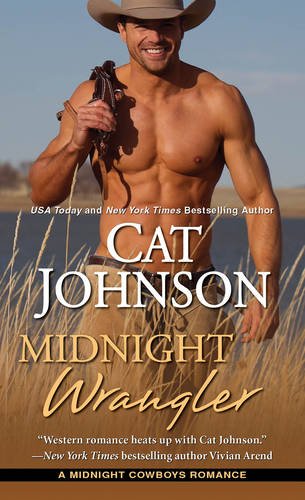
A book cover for Midnight Wrangler (Midnight Cowboys); Cat Johnson; Romance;